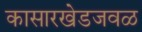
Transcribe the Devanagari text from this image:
कासारखेडजवळ